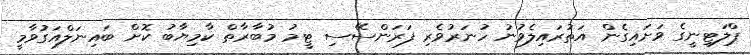
ޕްލަޓިނީގެ ވަށައިގެން އަތުރައިލެވުނު ހުނަރުވެރި ފަރަންސޭސި ޓީމު މުބާރާތް ކާމިޔާބު ކޮށް ބައިނަލްއަގުވާމީ